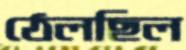
ঠেলছিল